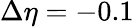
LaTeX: \Delta\eta=-0.1